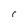
Character: r